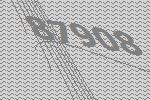
87908